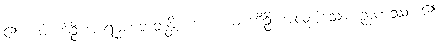
၏။ ယံ ကိဉ္စိ အာရမ္မဏဘူတန္တိ၊ ကား။ ယံ ကိဉ္စိ၊ အလုံးစုံသော။ ဉာဏဿ၊ ၏။